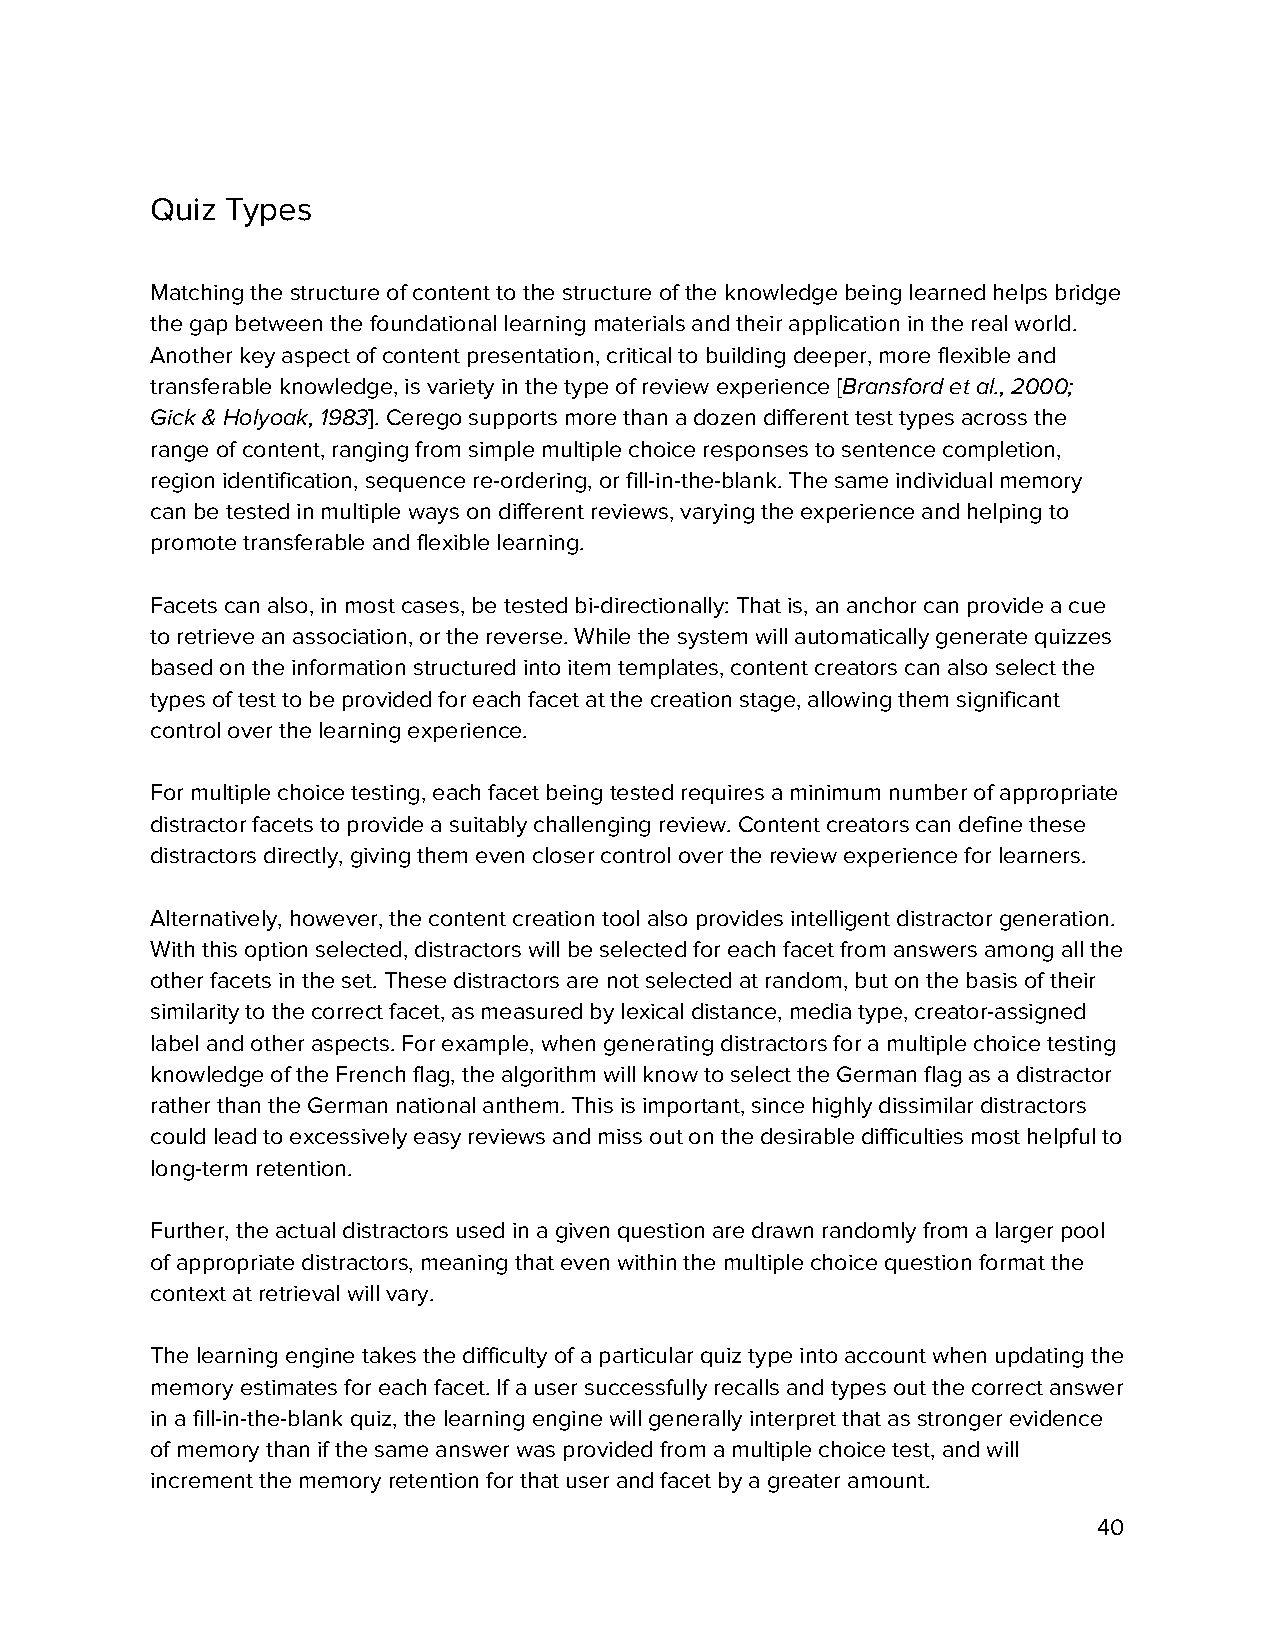
Quiz Types
 Matching the structure of content to the structure of the knowledge being learned helps bridge
 the gap between the foundational learning materials and their application in the real world.
 Another key aspect of content presentation, critical to building deeper, more flexible and
 transferable knowledge, is variety in the type of review experience [Bransford et al., 2000;
 ​
 Gick & Holyoak, 1983]. Cerego supports more than a dozen different test types across the
 ​
 range of content, ranging from simple multiple choice responses to sentence completion,
 region identification, sequence re-ordering, or fill-in-the-blank. The same individual memory
 can be tested in multiple ways on different reviews, varying the experience and helping to
 promote transferable and flexible learning.
 Facets can also, in most cases, be tested bi-directionally: That is, an anchor can provide a cue
 to retrieve an association, or the reverse. While the system will automatically generate quizzes
 based on the information structured into item templates, content creators can also select the
 types of test to be provided for each facet at the creation stage, allowing them significant
 control over the learning experience.
 For multiple choice testing, each facet being tested requires a minimum number of appropriate
 distractor facets to provide a suitably challenging review. Content creators can define these
 distractors directly, giving them even closer control over the review experience for learners.
 Alternatively, however, the content creation tool also provides intelligent distractor generation.
 With this option selected, distractors will be selected for each facet from answers among all the
 other facets in the set. These distractors are not selected at random, but on the basis of their
 similarity to the correct facet, as measured by lexical distance, media type, creator-assigned
 label and other aspects. For example, when generating distractors for a multiple choice testing
 knowledge of the French flag, the algorithm will know to select the German flag as a distractor
 rather than the German national anthem. This is important, since highly dissimilar distractors
 could lead to excessively easy reviews and miss out on the desirable difficulties most helpful to
 long-term retention.
 Further, the actual distractors used in a given question are drawn randomly from a larger pool
 of appropriate distractors, meaning that even within the multiple choice question format the
 context at retrieval will vary.
 The learning engine takes the difficulty of a particular quiz type into account when updating the
 memory estimates for each facet. If a user successfully recalls and types out the correct answer
 in a fill-in-the-blank quiz, the learning engine will generally interpret that as stronger evidence
 of memory than if the same answer was provided from a multiple choice test, and will
 increment the memory retention for that user and facet by a greater amount.
 40